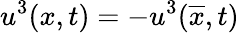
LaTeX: u^{3}(x,t)=-u^{3}(\overline{{x}},t)